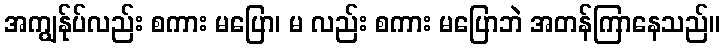
အကျွန်ုပ်လည်း စကား မပြော၊ မ လည်း စကား မပြောဘဲ အတန်ကြာနေသည်။